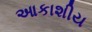
આકાશીય